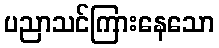
ပညာသင်ကြားနေသော